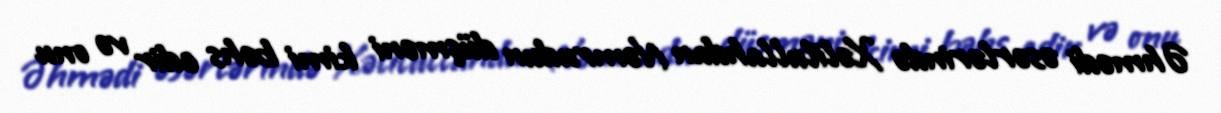
Əhmədi əsərlərində Xəlilullahdan Nəmrudun düşməni kimi bəhs edir və onu